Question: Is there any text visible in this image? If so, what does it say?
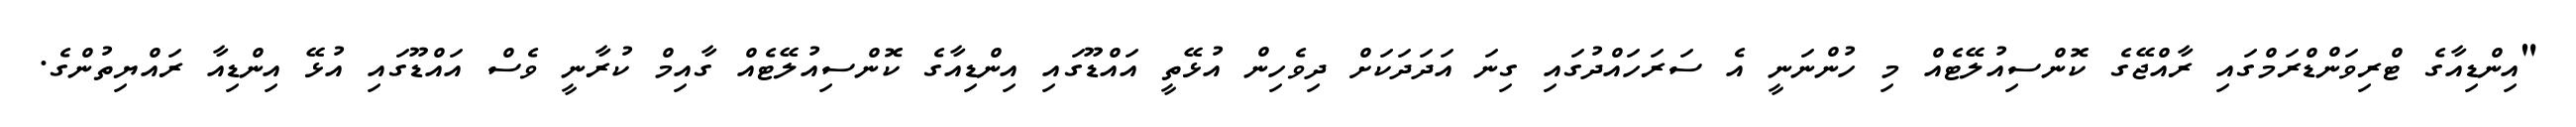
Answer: "އިންޑިއާގެ ޓްރިވަންޑްރަމްގައި ރާއްޖޭގެ ކޮންސިއުލޭޓެއް މި ހުންނަނީ އެ ސަރަހައްދުގައި ގިނަ އަދަދަކަށް ދިވެހިން އުޅޭތީ އައްޑޫގައި އިންޑިއާގެ ކޮންސިއުލޭޓެއް ގާއިމް ކުރާނީ ވެސް އައްޑޫގައި އުޅޭ އިންޑިއާ ރައްޔިތުންގެ.